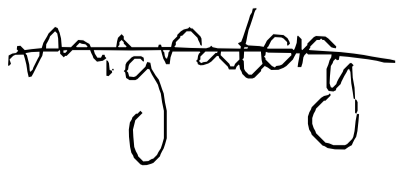
Text: migratory
Cross-out: single-line
Writing tool: digital_black